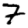
Digit: 7